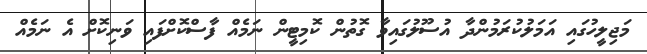
މަޖިލީހުގައި އަމަލުކުރަމުންދާ އުސޫލުގައިވާ ގޮތުން ކޮމިޓީން ނަމެއް ފާސްކޮށްފައި ވަނިކޮށް އެ ނަމެއް